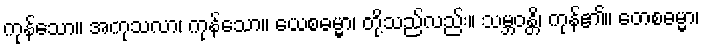
ကုန်သော။ အကုသလာ၊ ကုန်သော။ ယေစဓမ္မာ၊ တို့သည်လည်း။ သမ္ဘဝန္တိ၊ ကုန်၏။ တေစဓမ္မာ၊